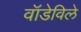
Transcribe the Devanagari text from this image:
वॉडेविले